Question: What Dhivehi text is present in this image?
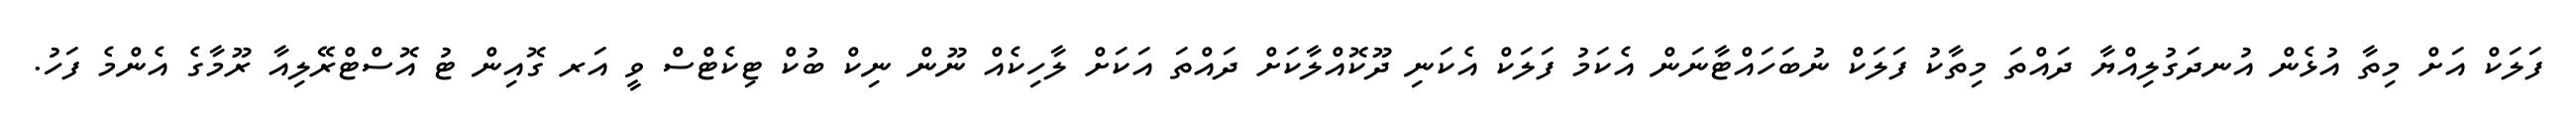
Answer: ފަލަކް އަށް މިތާ އުޅެން އުނދަގުލިއްޔާ ދައްތަ މިތާކު ފަލަކް ނުބަހައްޓާނަން އެކަމު ފަލަކް އެކަނި ދޫކޮއްލާކަށް ދައްތަ އަކަށް ލާހިކެއް ނޫން ނިކް ބުކް ޓިކެޓްސް ވީ އަރ ގޮއިން ޓު އޮސްޓްރޭލިއާ ރޫމާގެ އެންމެ ފަހު.